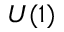
U ( 1 )